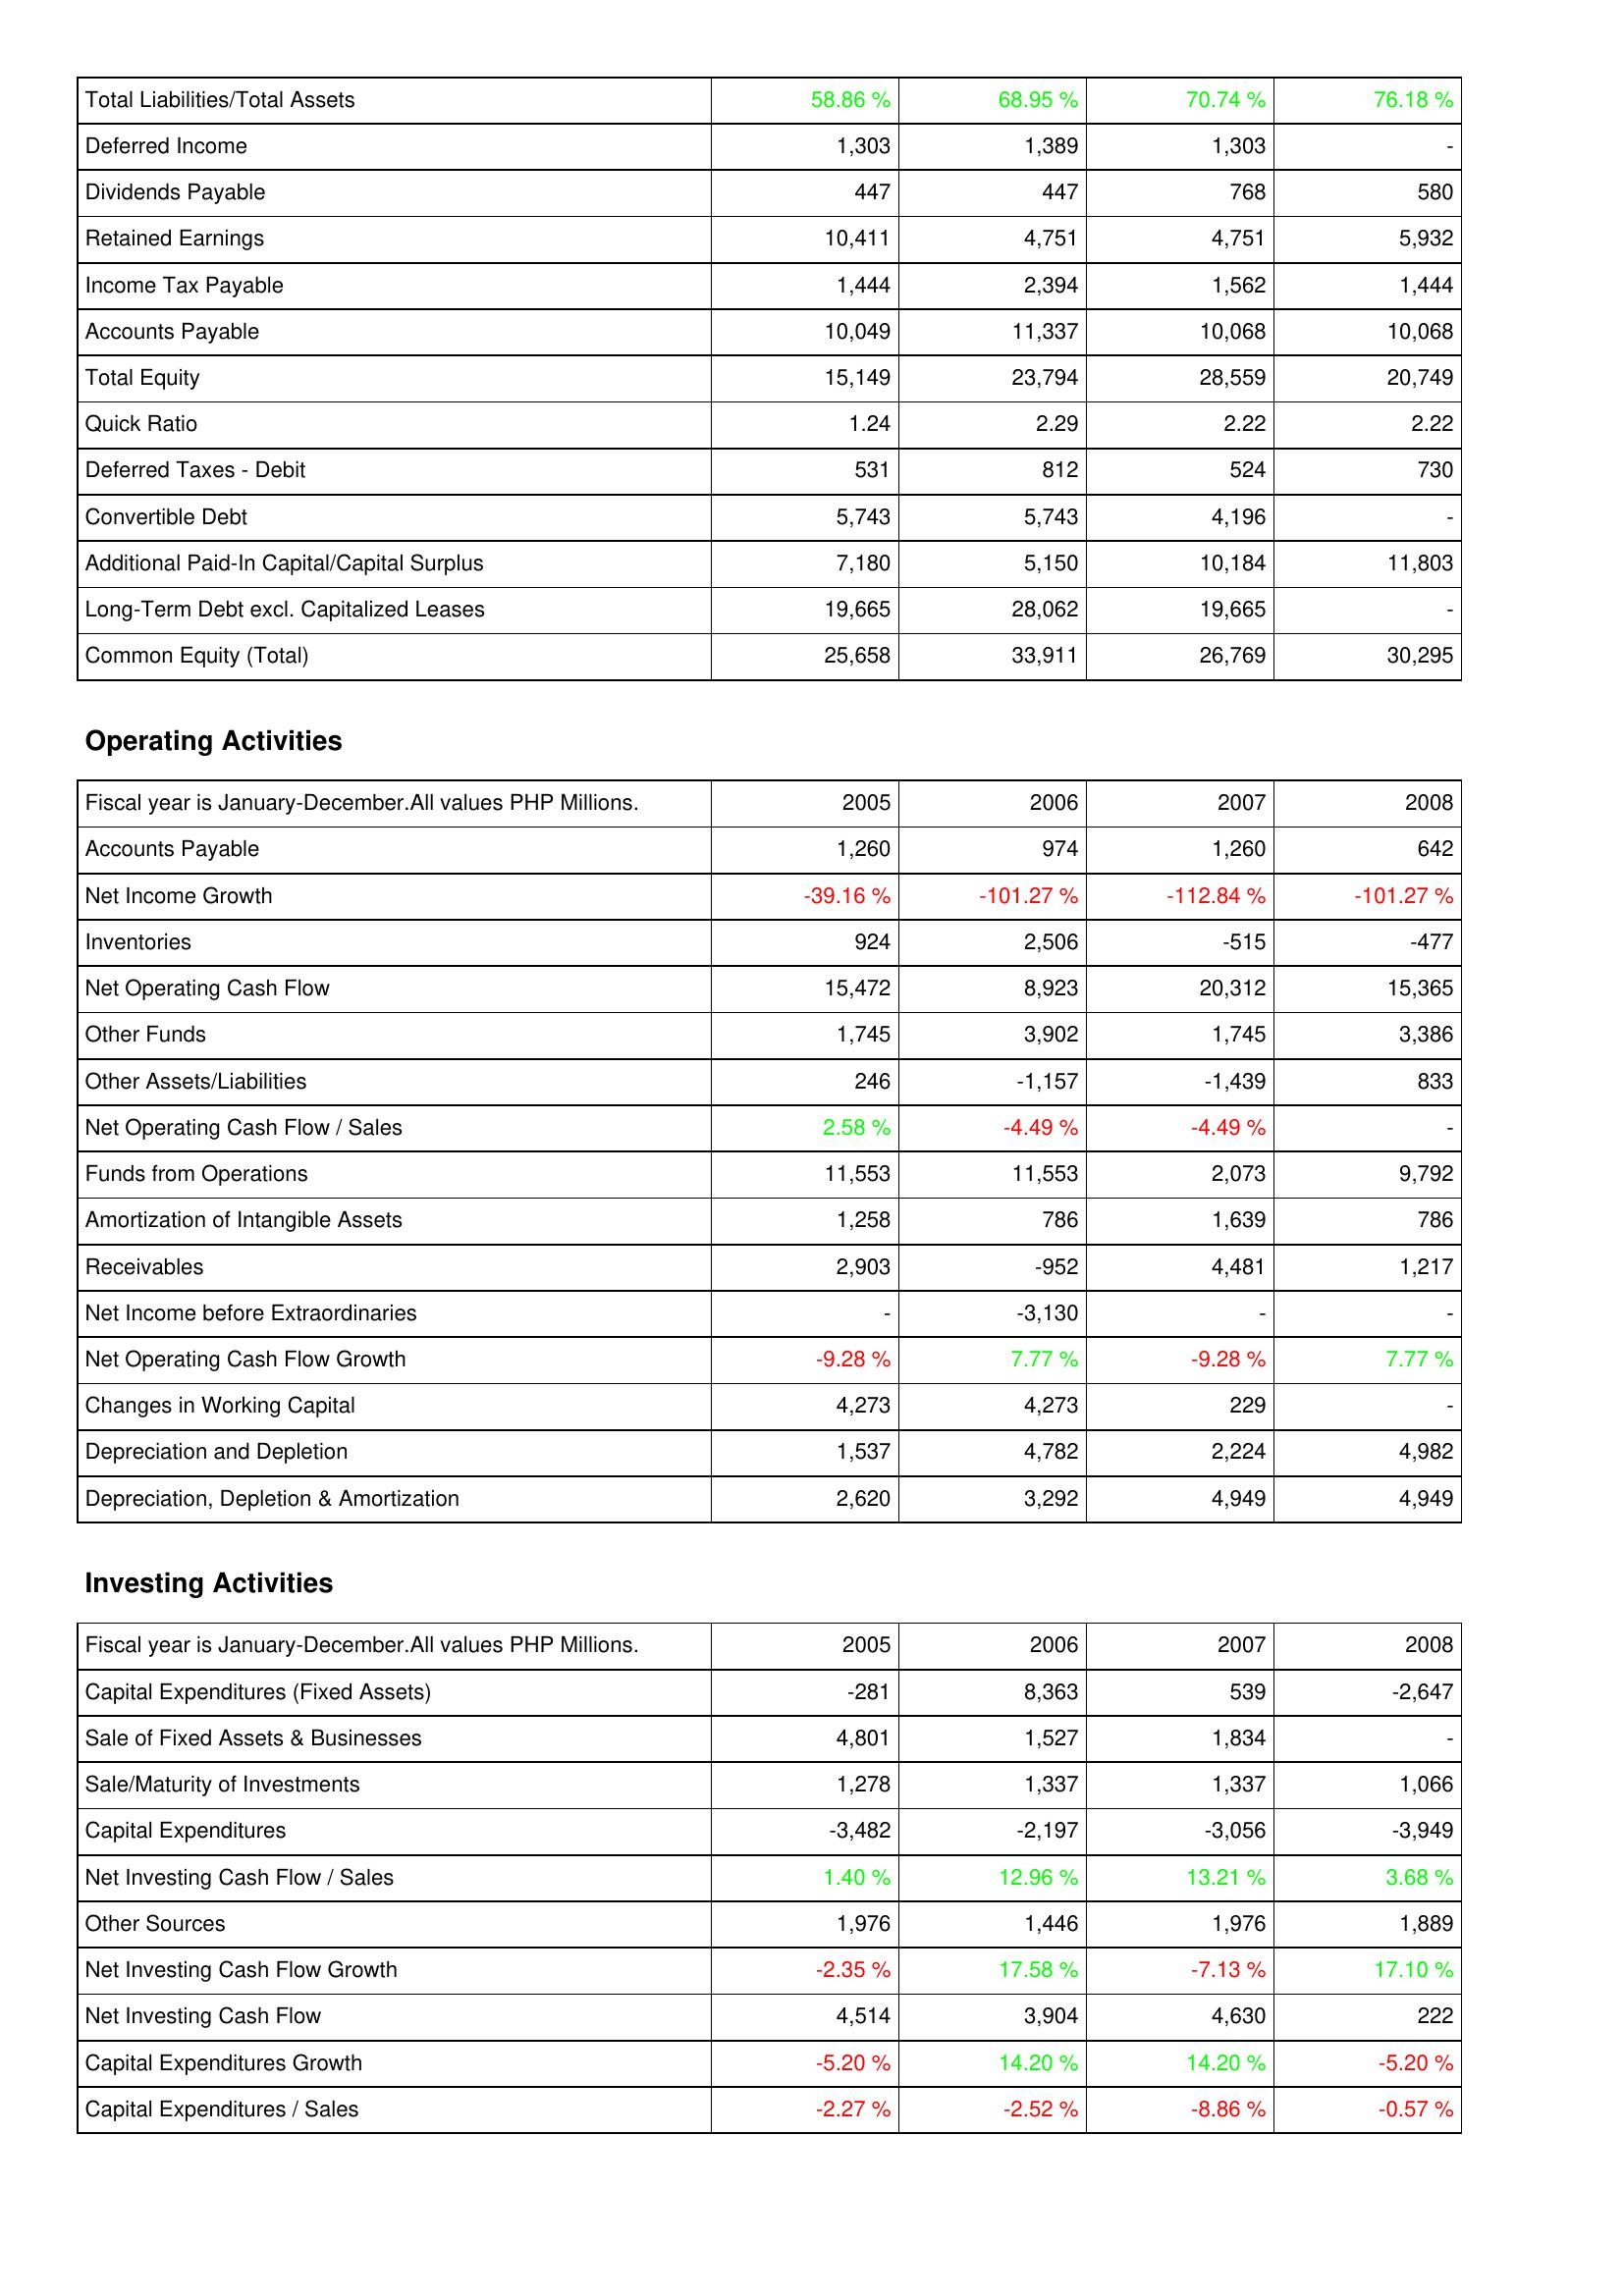
2005: Liabilities & Shareholders' Equity: Total Liabilities/Total Assets: 58.86 %
Deferred Income: 1,303
Dividends Payable: 447
Retained Earnings: 10,411
Income Tax Payable: 1,444
Accounts Payable: 10,049
Total Equity: 15,149
Quick Ratio: 1.24
Deferred Taxes - Debit: 531
Convertible Debt: 5,743
Additional Paid-In Capital/Capital Surplus: 7,180
Long-Term Debt excl. Capitalized Leases: 19,665
Common Equity (Total): 25,658
Operating Activities: Accounts Payable: 1,260
Net Income Growth: -39.16 %
Inventories: 924
Net Operating Cash Flow: 15,472
Other Funds: 1,745
Other Assets/Liabilities: 246
Net Operating Cash Flow / Sales: 2.58 %
Funds from Operations: 11,553
Amortization of Intangible Assets: 1,258
Receivables: 2,903
Net Income before Extraordinaries: -
Net Operating Cash Flow Growth: -9.28 %
Changes in Working Capital: 4,273
Depreciation and Depletion: 1,537
Depreciation, Depletion & Amortization: 2,620
Investing Activities: Capital Expenditures (Fixed Assets): -281
Sale of Fixed Assets & Businesses: 4,801
Sale/Maturity of Investments: 1,278
Capital Expenditures: -3,482
Net Investing Cash Flow / Sales: 1.40 %
Other Sources: 1,976
Net Investing Cash Flow Growth: -2.35 %
Net Investing Cash Flow: 4,514
Capital Expenditures Growth: -5.20 %
Capital Expenditures / Sales: -2.27 %
2006: Liabilities & Shareholders' Equity: Total Liabilities/Total Assets: 68.95 %
Deferred Income: 1,389
Dividends Payable: 447
Retained Earnings: 4,751
Income Tax Payable: 2,394
Accounts Payable: 11,337
Total Equity: 23,794
Quick Ratio: 2.29
Deferred Taxes - Debit: 812
Convertible Debt: 5,743
Additional Paid-In Capital/Capital Surplus: 5,150
Long-Term Debt excl. Capitalized Leases: 28,062
Common Equity (Total): 33,911
Operating Activities: Accounts Payable: 974
Net Income Growth: -101.27 %
Inventories: 2,506
Net Operating Cash Flow: 8,923
Other Funds: 3,902
Other Assets/Liabilities: -1,157
Net Operating Cash Flow / Sales: -4.49 %
Funds from Operations: 11,553
Amortization of Intangible Assets: 786
Receivables: -952
Net Income before Extraordinaries: -3,130
Net Operating Cash Flow Growth: 7.77 %
Changes in Working Capital: 4,273
Depreciation and Depletion: 4,782
Depreciation, Depletion & Amortization: 3,292
Investing Activities: Capital Expenditures (Fixed Assets): 8,363
Sale of Fixed Assets & Businesses: 1,527
Sale/Maturity of Investments: 1,337
Capital Expenditures: -2,197
Net Investing Cash Flow / Sales: 12.96 %
Other Sources: 1,446
Net Investing Cash Flow Growth: 17.58 %
Net Investing Cash Flow: 3,904
Capital Expenditures Growth: 14.20 %
Capital Expenditures / Sales: -2.52 %
2007: Liabilities & Shareholders' Equity: Total Liabilities/Total Assets: 70.74 %
Deferred Income: 1,303
Dividends Payable: 768
Retained Earnings: 4,751
Income Tax Payable: 1,562
Accounts Payable: 10,068
Total Equity: 28,559
Quick Ratio: 2.22
Deferred Taxes - Debit: 524
Convertible Debt: 4,196
Additional Paid-In Capital/Capital Surplus: 10,184
Long-Term Debt excl. Capitalized Leases: 19,665
Common Equity (Total): 26,769
Operating Activities: Accounts Payable: 1,260
Net Income Growth: -112.84 %
Inventories: -515
Net Operating Cash Flow: 20,312
Other Funds: 1,745
Other Assets/Liabilities: -1,439
Net Operating Cash Flow / Sales: -4.49 %
Funds from Operations: 2,073
Amortization of Intangible Assets: 1,639
Receivables: 4,481
Net Income before Extraordinaries: -
Net Operating Cash Flow Growth: -9.28 %
Changes in Working Capital: 229
Depreciation and Depletion: 2,224
Depreciation, Depletion & Amortization: 4,949
Investing Activities: Capital Expenditures (Fixed Assets): 539
Sale of Fixed Assets & Businesses: 1,834
Sale/Maturity of Investments: 1,337
Capital Expenditures: -3,056
Net Investing Cash Flow / Sales: 13.21 %
Other Sources: 1,976
Net Investing Cash Flow Growth: -7.13 %
Net Investing Cash Flow: 4,630
Capital Expenditures Growth: 14.20 %
Capital Expenditures / Sales: -8.86 %
2008: Liabilities & Shareholders' Equity: Total Liabilities/Total Assets: 76.18 %
Deferred Income: -
Dividends Payable: 580
Retained Earnings: 5,932
Income Tax Payable: 1,444
Accounts Payable: 10,068
Total Equity: 20,749
Quick Ratio: 2.22
Deferred Taxes - Debit: 730
Convertible Debt: -
Additional Paid-In Capital/Capital Surplus: 11,803
Long-Term Debt excl. Capitalized Leases: -
Common Equity (Total): 30,295
Operating Activities: Accounts Payable: 642
Net Income Growth: -101.27 %
Inventories: -477
Net Operating Cash Flow: 15,365
Other Funds: 3,386
Other Assets/Liabilities: 833
Net Operating Cash Flow / Sales: -
Funds from Operations: 9,792
Amortization of Intangible Assets: 786
Receivables: 1,217
Net Income before Extraordinaries: -
Net Operating Cash Flow Growth: 7.77 %
Changes in Working Capital: -
Depreciation and Depletion: 4,982
Depreciation, Depletion & Amortization: 4,949
Investing Activities: Capital Expenditures (Fixed Assets): -2,647
Sale of Fixed Assets & Businesses: -
Sale/Maturity of Investments: 1,066
Capital Expenditures: -3,949
Net Investing Cash Flow / Sales: 3.68 %
Other Sources: 1,889
Net Investing Cash Flow Growth: 17.10 %
Net Investing Cash Flow: 222
Capital Expenditures Growth: -5.20 %
Capital Expenditures / Sales: -0.57 %